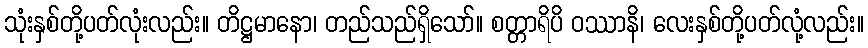
သုံးနှစ်တို့ပတ်လုံးလည်း။ တိဋ္ဌမာနော၊ တည်သည်ရှိသော်။ စတ္တာရိပိ ဝဿာနိ၊ လေးနှစ်တို့ပတ်လုံ့လည်း။